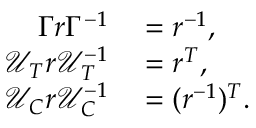
\begin{array} { r l } { \Gamma r \Gamma ^ { - 1 } } & { { } = r ^ { - 1 } , } \\ { \mathcal { U } _ { T } r \mathcal { U } _ { T } ^ { - 1 } } & { { } = r ^ { T } , } \\ { \mathcal { U } _ { C } r \mathcal { U } _ { C } ^ { - 1 } } & { { } = ( r ^ { - 1 } ) ^ { T } . } \end{array}